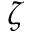
\zeta